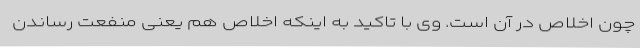
چون اخلاص در آن است. وی با تاکید به اینکه اخلاص هم یعنی منفعت رساندن